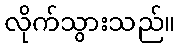
လိုက်သွားသည်။